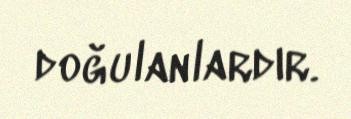
doğulanlardır.